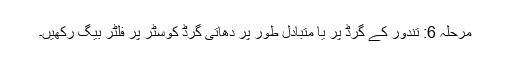
مرحلہ 6: تندور کے گرڈ پر یا متبادل طور پر دھاتی گرڈ کوسٹر پر فلٹر بیگ رکھیں۔